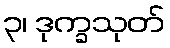
၃၊ ဒုက္ခသုတ်